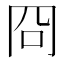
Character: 冏